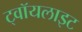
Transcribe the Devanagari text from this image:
ट्वॉयलाइट